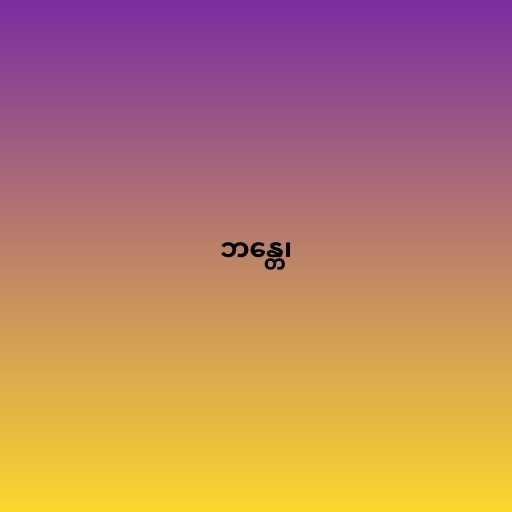
ဘန္တေ၊